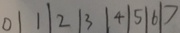
0 \vert 1 \vert 2 \vert 3 \vert 4 \vert 5 \vert 6 \vert >